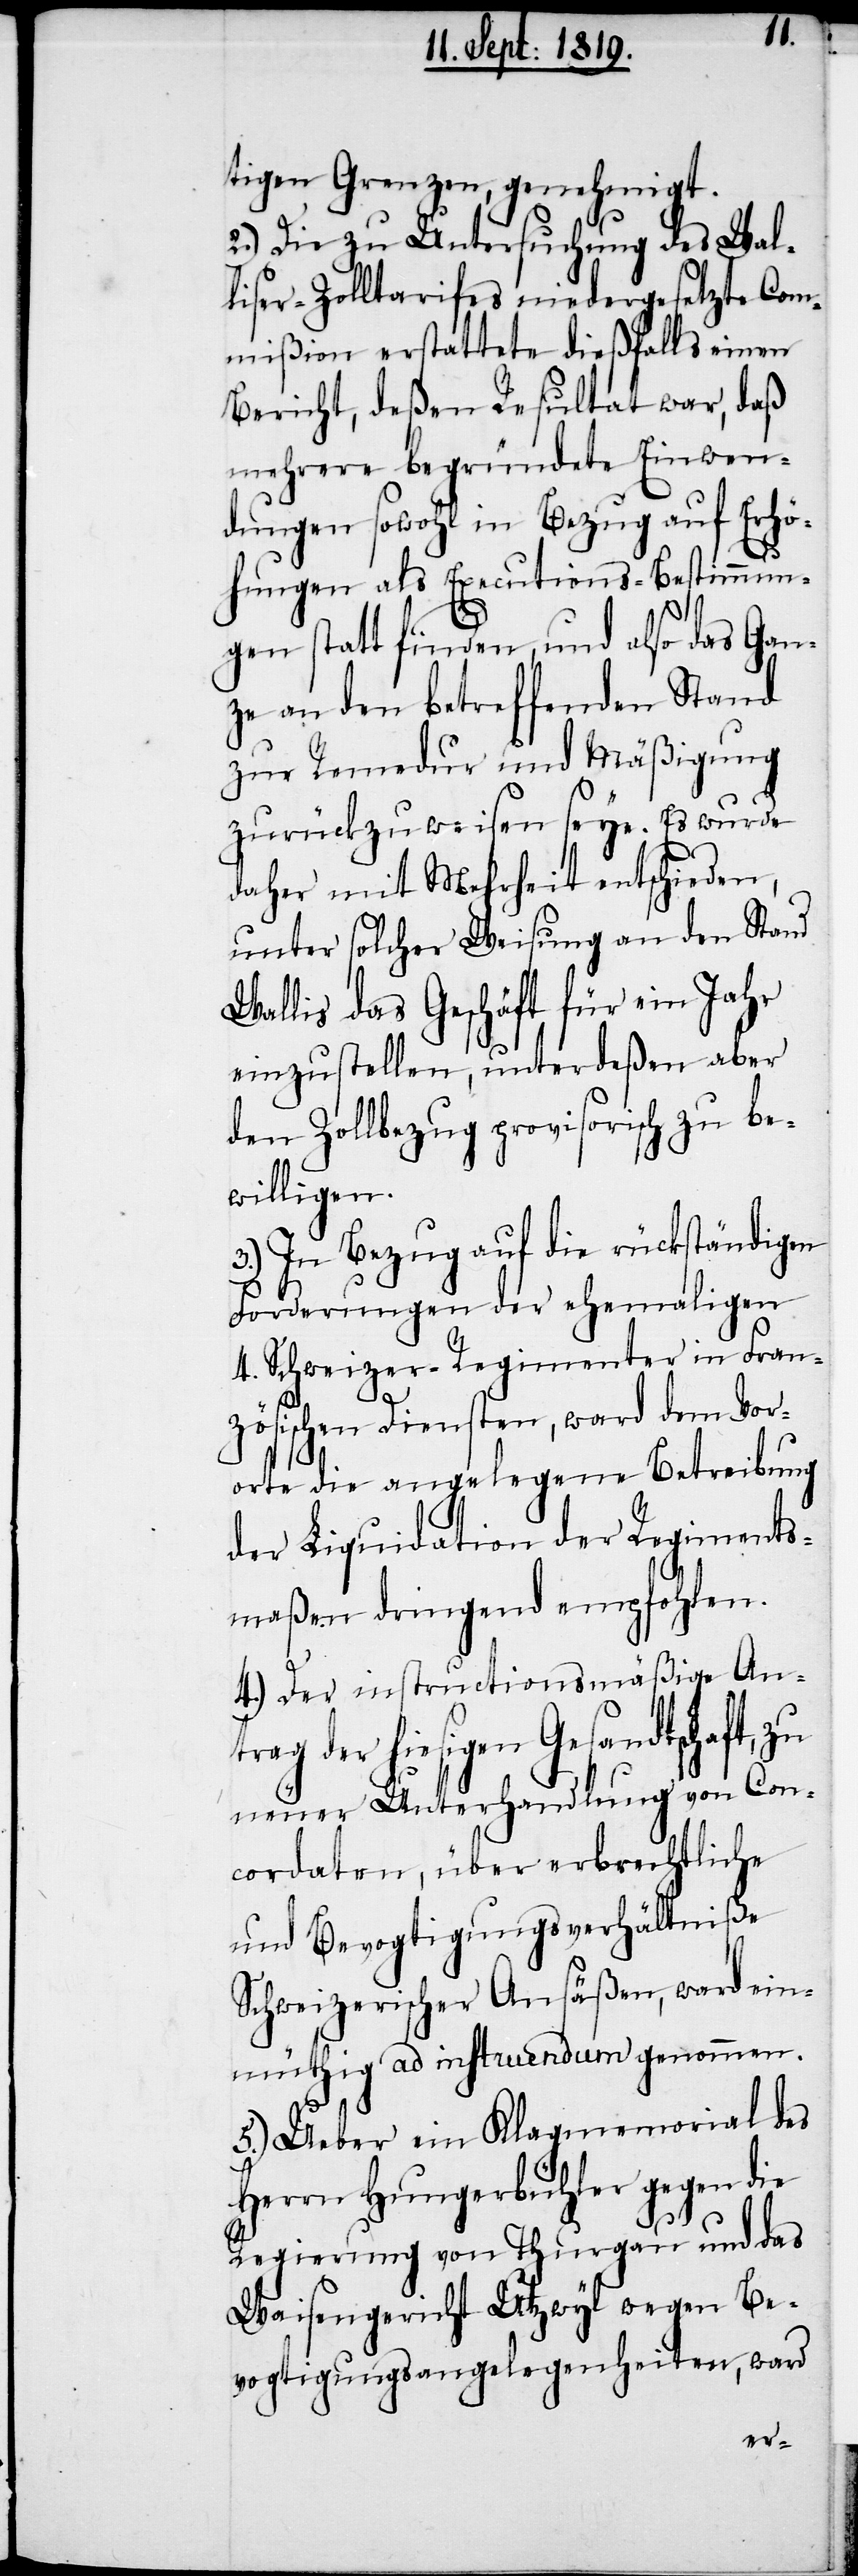
tigen Grenzen, genehmigt.
2.) Die zu Untersuchung des Wal¬
liser-Zolltarifes niedergesetzte Com¬
mißion erstattete dießfalls einen
Bericht, deßen Resultat war, daß
mehrere begründete Einwen¬
dungen sowohl in Bezug auf Erhö¬
hungen als Executions-Bestimmun¬
gen statt finden, und also das Gan¬
ze an den betreffenden Stand
zur Remedur und Mäßigung
zurückzuweisen seye. Es wurde
daher mit Mehrheit entschieden,
unter solcher Weisung an den Stand
Wallis das Geschäft für ein Jahr
einzustellen, unterdeßen aber
den Zollbezug provisorisch zu be¬
willigen.
3.) In Bezug auf die rückständigen
Forderungen der ehemaligen
4. Schweizer-Regimenter in Fran¬
zösischen Diensten, ward dem Vor¬
orte die angelegene Betreibung
der Liquidation der Regiments¬
maßen dringend empfohlen.
4.) Der instructionsmäßige Antr¬
ag der hiesigen Gesandtschaft,
neuer Unterhandlung von Con¬
cordaten, über erbrechtliche
und Bevogtigungsverhältniße
Schweizerischer Ansäßen, ward ein¬
müthig ad instruendum genommen.
5.) Ueber ein Klagmemorial des
Herrn Hungerbühler gegen die
Regierung von Thurgau und das
Waisengericht Utzwyl wegen Be¬
vogtigungsangelegenheiten, ward